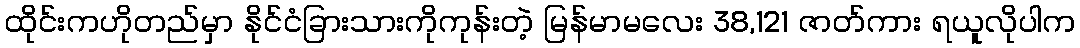
ထိုင်းကဟိုတည်မှာ နိုင်ငံခြားသားကိုကုန်းတဲ့ မြန်မာမလေး 38,121 ဇာတ်ကား ရယူလိုပါက